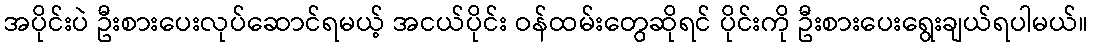
အပိုင်းပဲ ဦးစားပေးလုပ်ဆောင်ရမယ့် အငယ်ပိုင်း ဝန်ထမ်းတွေဆိုရင် ပိုင်းကို ဦးစားပေးရွေးချယ်ရပါမယ်။